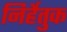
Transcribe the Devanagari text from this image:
निर्हेतुक